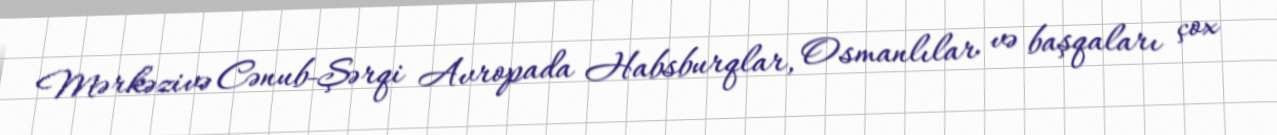
Mərkəzivə Cənub-Şərqi Avropada Habsburqlar, Osmanlılar və başqaları çox